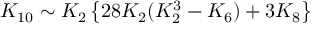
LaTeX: { \cal K } _ { 1 0 } \sim { \cal K } _ { 2 } \left\{ 2 8 { \cal K } _ { 2 } ( { \cal K } _ { 2 } ^ { 3 } - { \cal K } _ { 6 } ) + 3 { \cal K } _ { 8 } \right\}